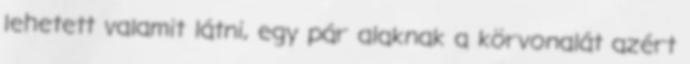
lehetett valamit látni, egy pár alaknak a körvonalát azért